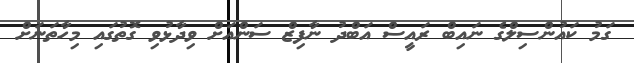
ގަމު ކައުންސިލްގެ ނައިބް ރައީސް އަބްދު ނާފިޒް ސަންއަށް ވިދާޅުވި ގޮތުގައި މިހާތަނަށް